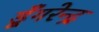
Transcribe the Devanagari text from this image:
डूँगरेन्द्र